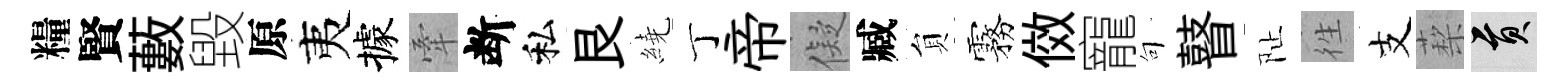
糧賢藪毀原夷據牽断私艮繞丁帝儗臧貟霧傚寵句瞽阯徃支蔾貢